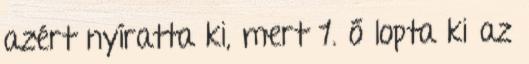
azért nyíratta ki, mert 1. ő lopta ki az